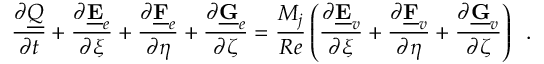
\frac { \partial \underline { { Q } } } { \partial t } + \frac { \partial \underline { { \mathbf { E } } } _ { e } } { \partial \xi } + \frac { \partial \underline { { \mathbf { F } } } _ { e } } { \partial \eta } + \frac { \partial \underline { { \mathbf { G } } } _ { e } } { \partial \zeta } = \frac { M _ { j } } { R e } \left( \frac { \partial \underline { { \mathbf { E } } } _ { v } } { \partial \xi } + \frac { \partial \underline { { \mathbf { F } } } _ { v } } { \partial \eta } + \frac { \partial \underline { { \mathbf { G } } } _ { v } } { \partial \zeta } \right) \, \mathrm { ~ . }